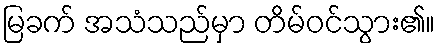
မြခက် အသံသည်မှာ တိမ်ဝင်သွား၏။